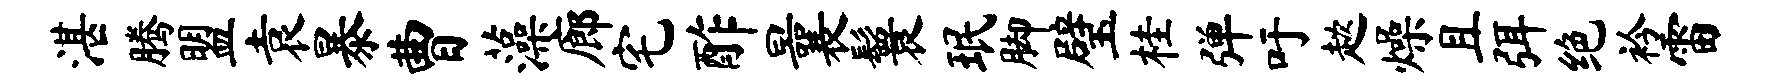
湛腾盟袁暴曹藻廊宅酢曩鬟珉脚璧桂弹吁趑燥且弭绝衿雷